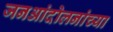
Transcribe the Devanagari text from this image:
जनआंदोलनांच्या